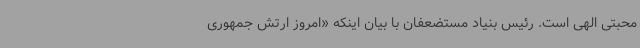
محبتی الهی است. رئیس بنیاد مستضعفان با بیان اینکه «امروز ارتش جمهوری